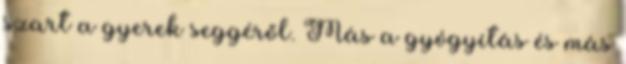
szart a gyerek seggéről. Más a gyógyítás és más